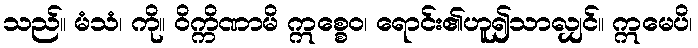
သည်။ မံသံ၊ ကို။ ဝိက္ကိဏာမိ ဣစ္စေဝ၊ ရောင်း၏ဟူ၍သာလျှင်။ ဣမေပိ၊